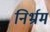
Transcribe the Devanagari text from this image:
निर्भ्रम